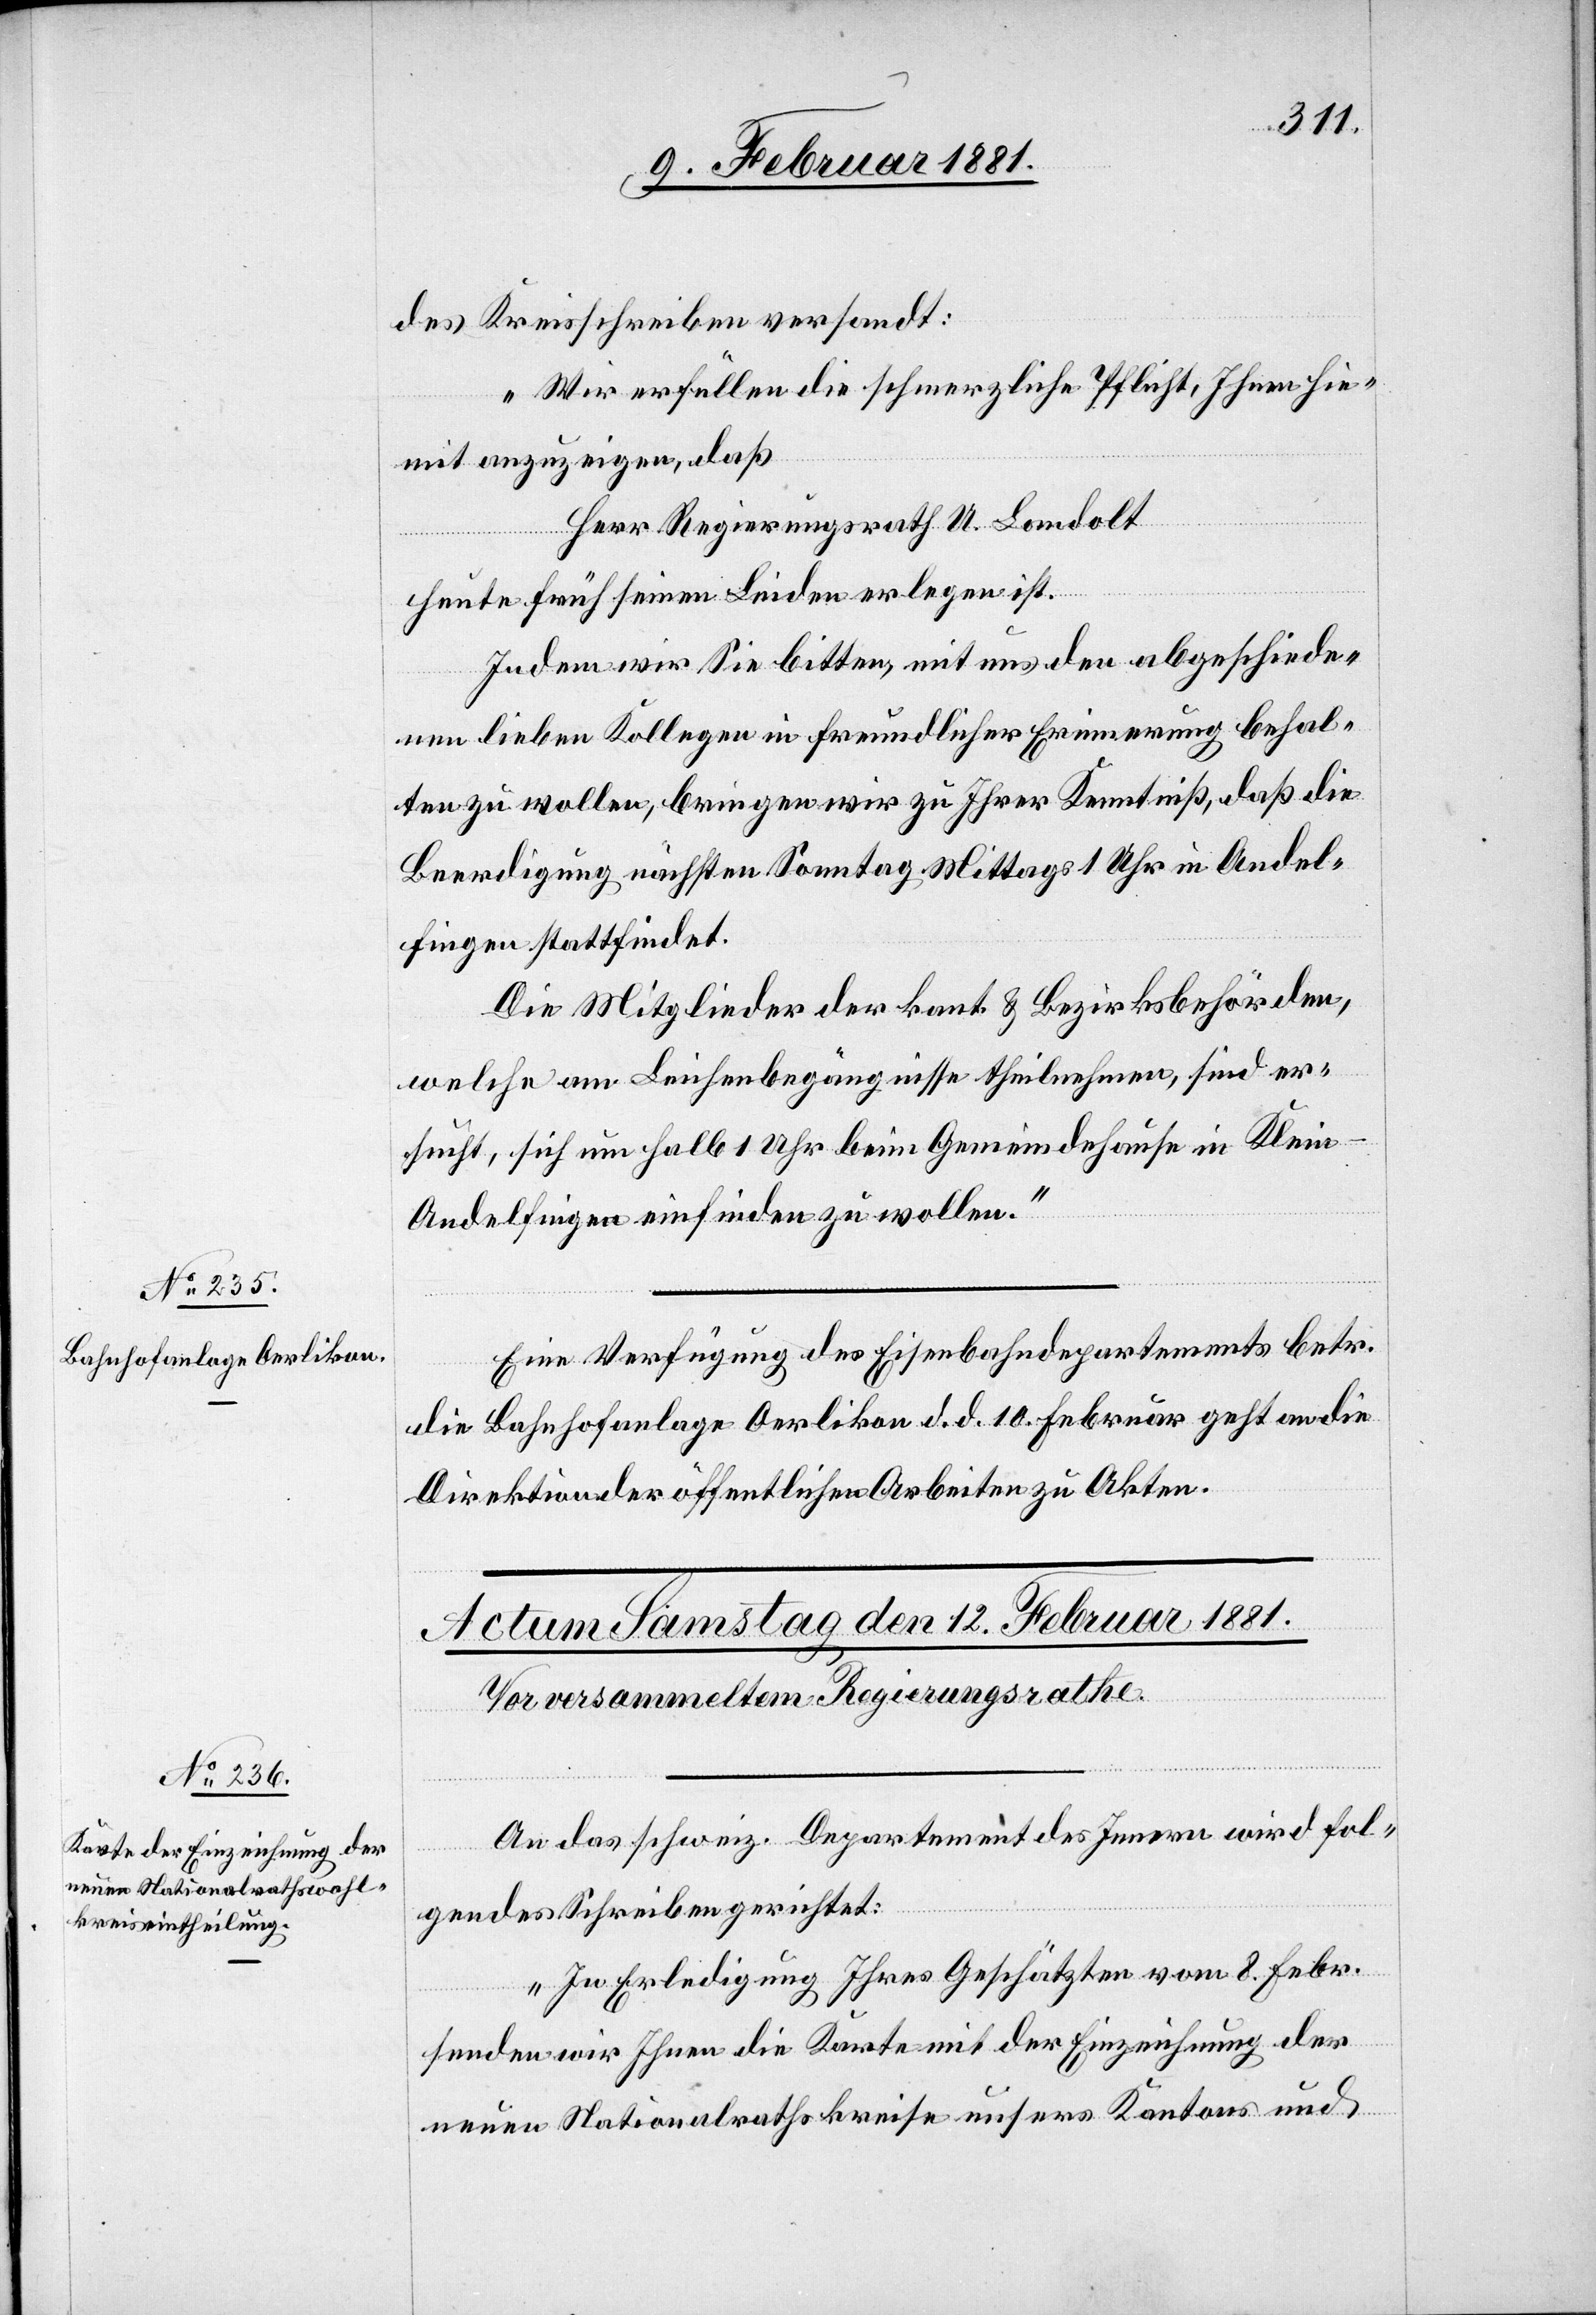
11. Februar 1881.]
des Kreisschreiben versandt:
„Wir erfüllen die schmerzliche Pflicht, Ihnen hie¬
mit anzuzeigen, daß
Herr Regierungsrath U. Landolt
heute früh seinen Leiden erlegen ist.
Indem wir Sie bitten, mit uns den abgeschiede¬
nen lieben Kollegen in freundlicher Erinnerung behal¬
ten zu wollen, bringen wir zu Ihrer Kenntniß, daß die
Beerdigung nächsten Sonntag Mittags 1 Uhr in Andel¬
fingen stattfindet.
Die Mitglieder der kant. & Bezirksbehörden,
welche am Leichenbegängnisse theilnehmen, sind er¬
sucht, sich um halb 1 Uhr beim Gemeindehause in Klein-A¬
ndelfingen einfinden zu wollen.“
Eine Verfügung des Eisenbahndepartements betr.
die Bahnhofanlage Oerlikon d. d. 10. Februar geht an die
Direktion der öffentlichen Arbeiten zu Akten.
An das schweiz. Departement des Innern wird fol¬
gendes Schreiben gerichtet:
„In Erledigung Ihrer Geschätzten vom 8. Febr.
senden wir Ihnen die Karte mit der Einzeichnung der
neuen Nationalrathskreise unsers Kantons und